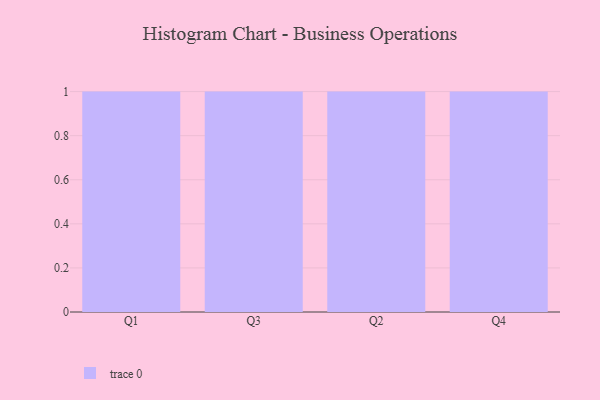
{"axis": {"x": "Quarter", "y": "Active Users"}, "legend": [""], "data": [{"x": "Q1", "y": 10, "type": ""}, {"x": "Q3", "y": 53, "type": ""}, {"x": "Q2", "y": 73, "type": ""}, {"x": "Q4", "y": 68, "type": ""}]}